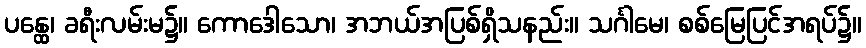
ပန္ထေ၊ ခရီးလမ်းမ၌။ ကောဒေါသော၊ အဘယ်အပြစ်ရှိသနည်း။ သင်္ဂါမေ၊ စစ်မြေပြင်အရပ်၌။